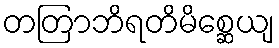
တတြာဘိရတိမိစ္ဆေယျ